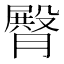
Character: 臀